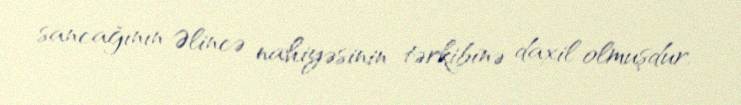
sancağının Əlincə nahiyəsinin tərkibinə daxil olmuşdur.